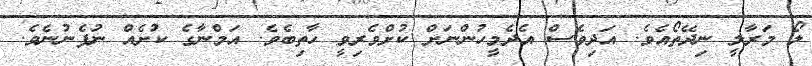
ލޯ މަރާލީ ނިދޭތޯއެވެ. އަދިވެސް އެދެމީހުންނަށް ކުށްވެރިވީ ހާތިބެވެ. އަމްނާގެ ކުށެއް ނުފެނުނެވެ.